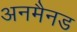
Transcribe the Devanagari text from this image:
अनमैनड